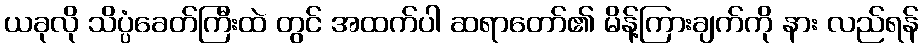
ယခုလို သိပ္ပံခေတ်ကြီးထဲ တွင် အထက်ပါ ဆရာတော်၏ မိန့်ကြားချက်ကို နား လည်ရန်